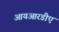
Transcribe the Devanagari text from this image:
आयआरडीए